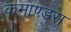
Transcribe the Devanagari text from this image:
कमाण्ड्स